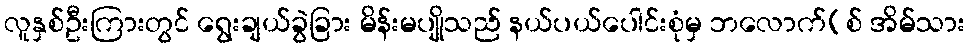
လူနှစ်ဦးကြားတွင် ရွေးချယ်ခွဲခြား မိန်းမပျိုသည် နယ်ပယ်ပေါင်းစုံမှ ဘလောက်(စ် အိမ်သား